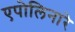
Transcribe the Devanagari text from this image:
एपोलिनारे